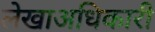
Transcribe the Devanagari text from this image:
लेखाअधिकारी